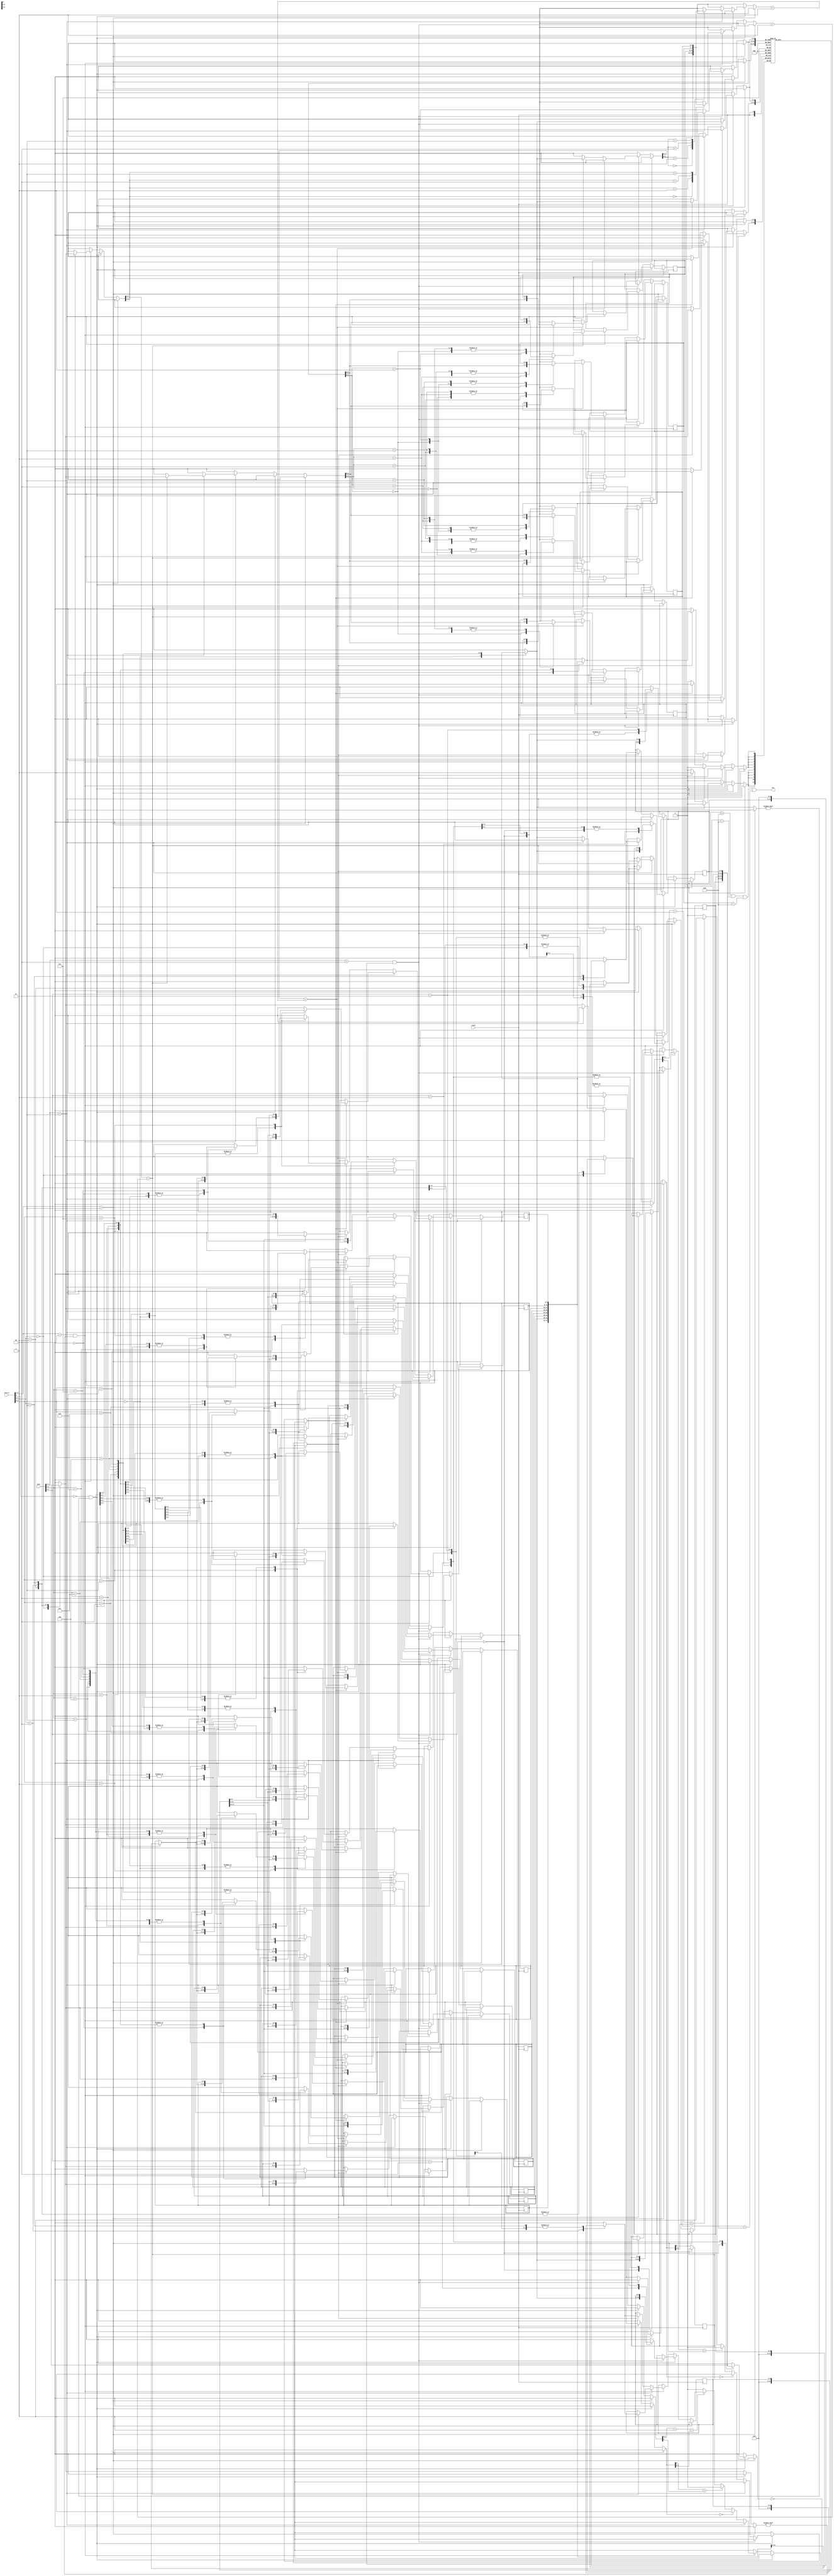
// Freecell player.
//
// At each clock cycle this machine processes one move that it receives
// on inputs source and  dest. If the move is legal, the machine executes
// it. Otherwise it is rejected.
//
// Except for the fact that home cells cannot be sources, the encodings of
// sources and destinations are the same.
// Encoding for sources:
//   source[3]   = 0   =>  source[2:0] = column of tableau
//   source[3:2] = 10  =>  source[1:0] = free cell
//   source[3:2] = 11  =>  illegal
// Encoding for destinations:
//   dest[3]     = 0   =>  dest[2:0]   = column of tableau
//   dest[3:2]   = 10  =>  dest[1:0]   = free cell
//   dest[3:2]   = 11  =>  home cell   (dest[1:0] are ignored)
//
// The deck of cards is kept in 8 linked list (one for each column
// of the tableau), and 8 registers (4 for the free cells and 4 for the
// home cells).
//

module freecellPlayer(clock,source,dest,win);
    input	clock;
    input [3:0]	source;
    input [3:0]	dest;
    output	win;

    reg [5:0]	prev[0:63];
    reg [5:0]	free[0:3];
    reg [3:0]	home[0:3];
    reg [5:0]	tail[0:7];

    reg [5:0]	tmp;

    // When we call this function we already know the source is a tableau cell.
    function tableauToTableau;
	input [5:0] card;
	input [5:0] pred;
    begin: areStackable
	if (pred == 0) // empty destination column
	    tableauToTableau = 1;
	else if (pred[5] == card[5]) // same color
	    tableauToTableau = 0;
	else if (card[3:0] + 1 == pred[3:0]) // successive values
	    tableauToTableau = 1;
	else
	    tableauToTableau = 0;
    end // block: areStackable
    endfunction // tableauToTableau

    // When we call this function we already know the source is a free cell.
    function freeCellToTableau;
	input [5:0] card;
	input [5:0] pred;
    begin: areChainable
	if (pred == 0) // empty destination column
	    freeCellToTableau = 1;
	else if (pred[5] == card[5]) // same color
	    freeCellToTableau = 0;
	else if (card[3:0] + 1 == pred[3:0]) // successive values
	    freeCellToTableau = 1;
	else
	    freeCellToTableau = 0;
    end // block: areChainable
    endfunction // freeCellToTableau

    task moveTableauToFreeCell;
	input [2:0] src;
	input [1:0] dst;
    begin: toFreeCell
	free[dst] = tail[src];
	tail[src] = prev[tail[src]];
    end // block: toFreeCell
    endtask // moveToFreeCell

    task moveTableauToHome;
	input [2:0] src;
	input [1:0] dst;
    begin: toHome
	tmp = tail[src];
	home[tmp[5:4]] = tmp[3:0];
	tail[src] = prev[tail[src]];
    end // block: toHome
    endtask // moveToHome

    task moveInTableau;
	input [2:0] src;
	input [2:0] dst;
    begin: inTableau
	tmp = prev[tail[src]];
	prev[tail[src]] = tail[dst];
	tail[dst] = tail[src];
	tail[src] = tmp;
    end // block: inTableau
    endtask // moveInTableau

    task moveFreeCellToHome;
	input [1:0] src;
	input [1:0] dst;
    begin: fcToHome
	tmp = free[src];
	home[tmp[5:4]] = tmp[3:0];
	free[src] = 0;
    end // block: fcToHome
    endtask // moveFreeCellToHome

    task moveFreeCellToTableau;
	input [1:0] src;
	input [2:0] dst;
    begin: fcToTableau
	prev[free[src]] = tail[dst];
	tail[dst] = free[src];
	free[src] = 0;
    end // block: fcToTableau
    endtask // moveFreeCellToTableau

    always @ (posedge clock) begin
	if (source[3:2] == 2'b11)
	    ;
	else if ((source[3] == 0) && tail[source[2:0]] != 0) begin
	    if ((dest[3:2] == 2'b10) && (free[dest[1:0]] == 0))
		moveTableauToFreeCell(source[2:0],dest[1:0]);
	    else if (dest[3:2] == 2'b11) begin
		tmp = tail[source[2:0]];
		if (tmp[3:0] == home[tmp[5:4]] + 1)
		    moveTableauToHome(source[2:0],dest[1:0]);
	    end
	    else if (tableauToTableau(tail[source[2:0]],tail[dest[2:0]]))
		moveInTableau(source[2:0],dest[2:0]);
	end
	else if ((source[3:2] == 2'b10) && (free[source[1:0]] != 0)) begin
	    if (dest[3:2] == 2'b11) begin
		tmp = free[source[1:0]];
		if (tmp[3:0] == home[tmp[5:4]] + 1)
		    moveFreeCellToHome(source[1:0],dest[1:0]);
	    end
	    else if (freeCellToTableau(free[source[1:0]],tail[dest[2:0]]))
		moveFreeCellToTableau(source[1:0],dest[2:0]);
	end
    end // always @ (posedge clock)

    assign win = (home[0] == 4'd13) && (home[1] == 4'd13) &&
	(home[2] == 4'd13) && (home[3] == 4'd13);

    initial begin		// game 8321
	prev[0]  = 6'd0;	// unused
	prev[1]  = 6'd17;
	prev[2]  = 6'd13;
	prev[3]  = 6'd25;
	prev[4]  = 6'd0;
	prev[5]  = 6'd0;
	prev[6]  = 6'd52;
	prev[7]  = 6'd56;
	prev[8]  = 6'd42;
	prev[9]  = 6'd39;
	prev[10] = 6'd20;
	prev[11] = 6'd28;
	prev[12] = 6'd19;
	prev[13] = 6'd6;
	prev[14] = 6'd0;	// unused
	prev[15] = 6'd0;	// unused
	prev[16] = 6'd0;	// unused
	prev[17] = 6'd35;
	prev[18] = 6'd38;
	prev[19] = 6'd5;
	prev[20] = 6'd59;
	prev[21] = 6'd0;
	prev[22] = 6'd26;
	prev[23] = 6'd12;
	prev[24] = 6'd7;
	prev[25] = 6'd51;
	prev[26] = 6'd27;
	prev[27] = 6'd36;
	prev[28] = 6'd0;
	prev[29] = 6'd21;
	prev[30] = 6'd0;	// unused
	prev[31] = 6'd0;	// unused
	prev[32] = 6'd0;	// unused
	prev[33] = 6'd4;
	prev[34] = 6'd3;
	prev[35] = 6'd22;
	prev[36] = 6'd0;
	prev[37] = 6'd0;
	prev[38] = 6'd44;
	prev[39] = 6'd53;
	prev[40] = 6'd9;
	prev[41] = 6'd18;
	prev[42] = 6'd37;
	prev[43] = 6'd0;
	prev[44] = 6'd11;
	prev[45] = 6'd50;
	prev[46] = 6'd0;	// unused
	prev[47] = 6'd0;	// unused
	prev[48] = 6'd0;	// unused
	prev[49] = 6'd45;
	prev[50] = 6'd54;
	prev[51] = 6'd29;
	prev[52] = 6'd8;
	prev[53] = 6'd60;
	prev[54] = 6'd57;
	prev[55] = 6'd43;
	prev[56] = 6'd10;
	prev[57] = 6'd55;
	prev[58] = 6'd61;
	prev[59] = 6'd0;
	prev[60] = 6'd33;
	prev[61] = 6'd23;
	prev[62] = 6'd0;	// unused
	prev[63] = 6'd0;	// unused
	tail[0] = 6'd1;
	tail[1] = 6'd2;
	tail[2] = 6'd49;
	tail[3] = 6'd40;
	tail[4] = 6'd41;
	tail[5] = 6'd34;
	tail[6] = 6'd58;
	tail[7] = 6'd24;
	home[0] = 4'd0;
	home[1] = 4'd0;
	home[2] = 4'd0;
	home[3] = 4'd0;
	free[0] = 6'd0;
	free[1] = 6'd0;
	free[2] = 6'd0;
	free[3] = 6'd0;
	tmp = 6'd0;
    end // initial begin

endmodule // freecellPlayer